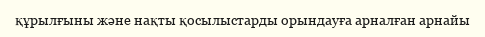
құрылғыны және нақты қосылыстарды орындауға арналған арнайы